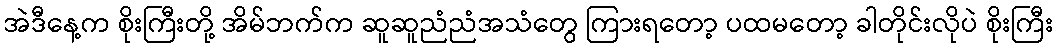
အဲဒီနေ့က စိုးကြီးတို့ အိမ်ဘက်က ဆူဆူညံညံအသံတွေ ကြားရတော့ ပထမတော့ ခါတိုင်းလိုပဲ စိုးကြီး